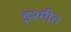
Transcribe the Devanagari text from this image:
इश्मीत